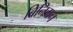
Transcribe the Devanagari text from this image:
बिनिगन